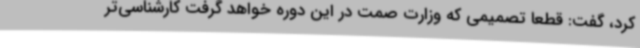
کرد، گفت: قطعا تصمیمی که وزارت صمت در این دوره خواهد گرفت کارشناسی‌تر